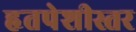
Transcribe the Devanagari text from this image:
हृतपेशीस्तर